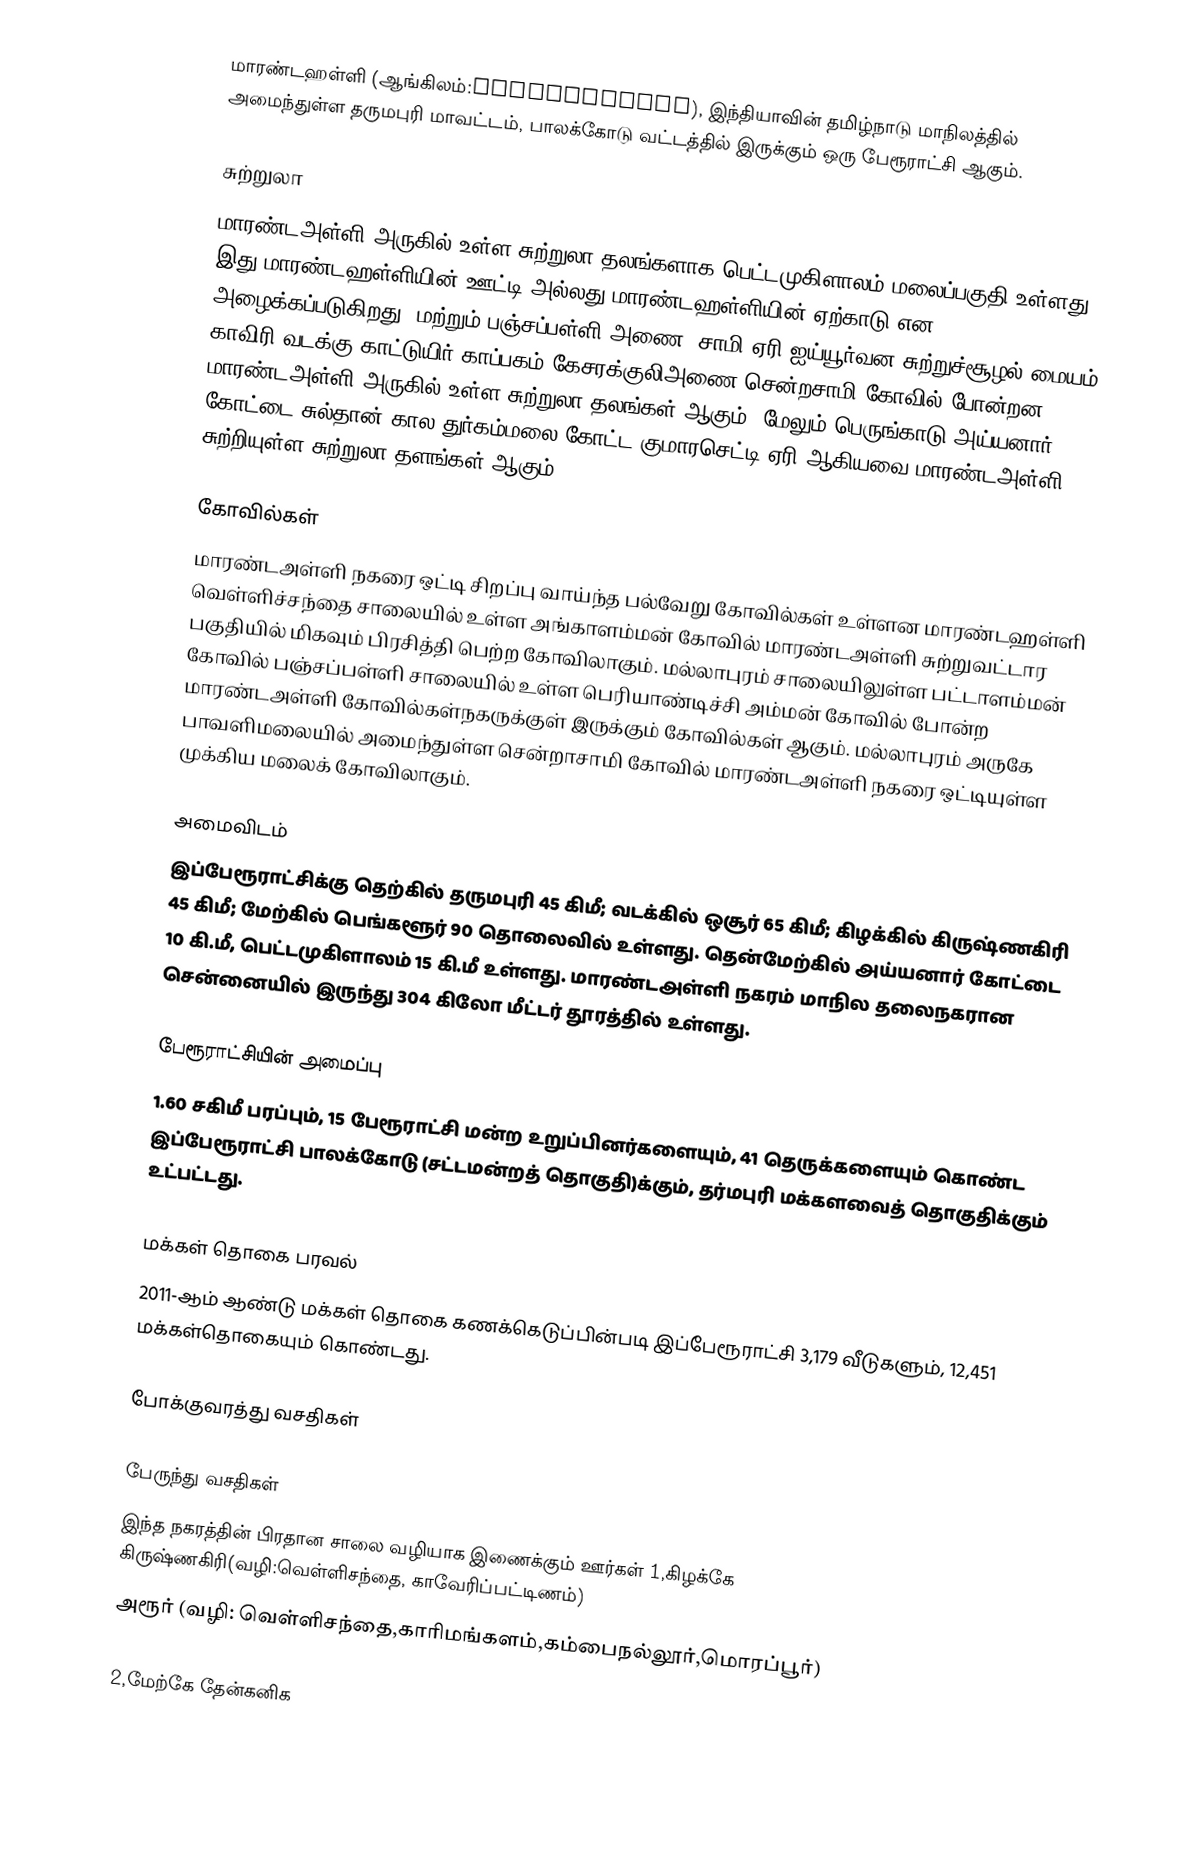
மாரண்டஹள்ளி (ஆங்கிலம்:Marandahalli), இந்தியாவின் தமிழ்நாடு மாநிலத்தில் அமைந்துள்ள தருமபுரி மாவட்டம், பாலக்கோடு வட்டத்தில் இருக்கும் ஒரு பேரூராட்சி ஆகும்.

சுற்றுலா
மாரண்டஅள்ளி அருகில் உள்ள சுற்றுலா தலங்களாக பெட்டமுகிளாலம் மலைப்பகுதி  உள்ளது இது மாரண்டஹள்ளியின் ஊட்டி அல்லது மாரண்டஹள்ளியின் ஏற்காடு என அழைக்கப்படுகிறது. மற்றும் பஞ்சப்பள்ளி அணை, சாமி ஏரி ஐய்யூர்வன சுற்றுச்சூழல் மையம் காவிரி வடக்கு காட்டுயிர் காப்பகம் கேசரக்குலிஅணை சென்றசாமி கோவில் போன்றன மாரண்டஅள்ளி அருகில் உள்ள சுற்றுலா தலங்கள் ஆகும். மேலும் பெருங்காடு அய்யனார் கோட்டை சுல்தான் கால துர்கம்மலை கோட்ட குமாரசெட்டி ஏரி ஆகியவை மாரண்டஅள்ளி சுற்றியுள்ள சுற்றுலா தளங்கள் ஆகும்.

கோவில்கள்
மாரண்டஅள்ளி நகரை ஒட்டி சிறப்பு வாய்ந்த பல்வேறு கோவில்கள் உள்ளன மாரண்டஹள்ளி வெள்ளிச்சந்தை சாலையில் உள்ள அங்காளம்மன் கோவில் மாரண்டஅள்ளி சுற்றுவட்டார பகுதியில் மிகவும் பிரசித்தி பெற்ற கோவிலாகும். மல்லாபுரம் சாலையிலுள்ள பட்டாளம்மன் கோவில் பஞ்சப்பள்ளி சாலையில் உள்ள பெரியாண்டிச்சி அம்மன் கோவில் போன்ற மாரண்டஅள்ளி கோவில்கள்நகருக்குள் இருக்கும் கோவில்கள் ஆகும். மல்லாபுரம் அருகே பாவளிமலையில் அமைந்துள்ள சென்றாசாமி கோவில் மாரண்டஅள்ளி நகரை ஒட்டியுள்ள முக்கிய மலைக் கோவிலாகும்.

அமைவிடம்
இப்பேரூராட்சிக்கு  தெற்கில்  தருமபுரி 45    கிமீ; வடக்கில் ஒசூர்  65 கிமீ; கிழக்கில்  கிருஷ்ணகிரி 45 கிமீ; மேற்கில்  பெங்களூர் 90  தொலைவில் உள்ளது. தென்மேற்கில் அய்யனார் கோட்டை 10 கி.மீ,  பெட்டமுகிளாலம் 15 கி.மீ உள்ளது. மாரண்டஅள்ளி நகரம் மாநில தலைநகரான சென்னையில் இருந்து 304 கிலோ மீட்டர் தூரத்தில் உள்ளது.

பேரூராட்சியின் அமைப்பு
1.60 சகிமீ பரப்பும், 15  பேரூராட்சி மன்ற  உறுப்பினர்களையும்,  41 தெருக்களையும் கொண்ட இப்பேரூராட்சி  பாலக்கோடு  (சட்டமன்றத் தொகுதி)க்கும், தர்மபுரி மக்களவைத் தொகுதிக்கும் உட்பட்டது.

மக்கள் தொகை பரவல்
2011-ஆம் ஆண்டு மக்கள் தொகை கணக்கெடுப்பின்படி  இப்பேரூராட்சி 3,179 வீடுகளும், 12,451  மக்கள்தொகையும் கொண்டது.

போக்குவரத்து வசதிகள்

பேருந்து வசதிகள்
இந்த நகரத்தின் பிரதான சாலை வழியாக இணைக்கும் ஊர்கள் 1,கிழக்கே கிருஷ்ணகிரி(வழி:வெள்ளிசந்தை, காவேரிப்பட்டிணம்)
 அரூர் (வழி: வெள்ளிசந்தை,காரிமங்களம்,கம்பைநல்லூர்,மொரப்பூர்)

2,மேற்கே தேன்கனிக